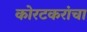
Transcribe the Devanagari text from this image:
कोरटकरांचा